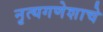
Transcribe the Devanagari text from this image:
नृत्यगणेशाचे